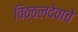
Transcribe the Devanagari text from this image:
विठ्ठलदेवाचे